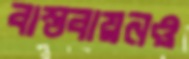
বাস্তবায়নও